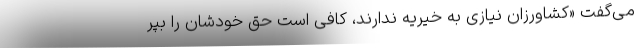
می‌گفت «کشاورزان نیازی به خیریه ندارند، کافی است حق خودشان را بپر